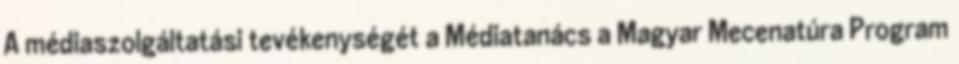
A médiaszolgáltatási tevékenységét a Médiatanács a Magyar Mecenatúra Program